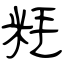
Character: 粍